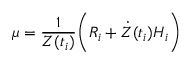
\mu = \frac { 1 } { Z ( t _ { i } ) } \biggr ( { \cal R } _ { i } + { \dot { Z } } ( t _ { i } ) { \cal H } _ { i } \biggl )